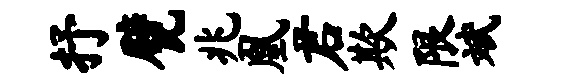
抒甓兆凰君欺限斌